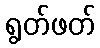
ရွတ်ဖတ်